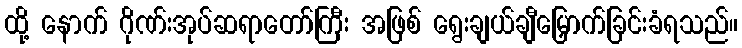
ထို့ နောက် ဂိုဏ်းအုပ်ဆရာတော်ကြီး အဖြစ် ရွေးချယ်ချီမြှောက်ခြင်းခံရသည်။